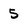
Character: 5